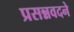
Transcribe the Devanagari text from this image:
प्रसन्नवदने